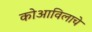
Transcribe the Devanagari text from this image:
कोआविलाचे